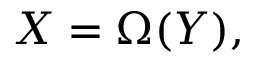
X = \Omega ( Y ) ,